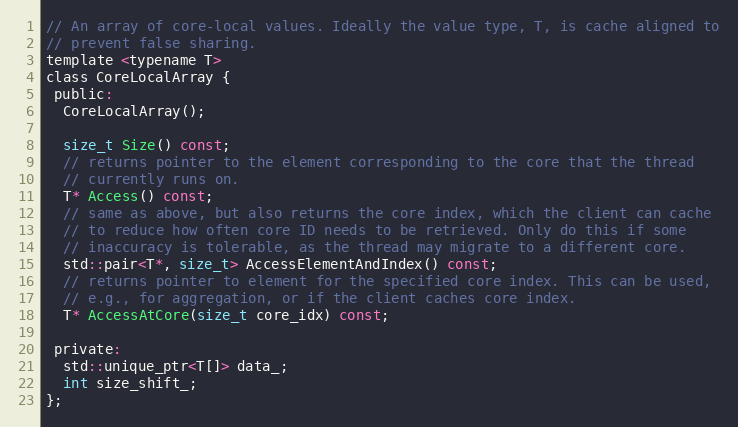
Language: C
// An array of core-local values. Ideally the value type, T, is cache aligned to
// prevent false sharing.
template <typename T>
class CoreLocalArray {
 public:
  CoreLocalArray();

  size_t Size() const;
  // returns pointer to the element corresponding to the core that the thread
  // currently runs on.
  T* Access() const;
  // same as above, but also returns the core index, which the client can cache
  // to reduce how often core ID needs to be retrieved. Only do this if some
  // inaccuracy is tolerable, as the thread may migrate to a different core.
  std::pair<T*, size_t> AccessElementAndIndex() const;
  // returns pointer to element for the specified core index. This can be used,
  // e.g., for aggregation, or if the client caches core index.
  T* AccessAtCore(size_t core_idx) const;

 private:
  std::unique_ptr<T[]> data_;
  int size_shift_;
};